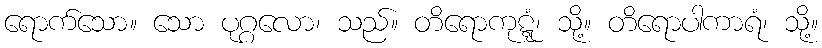
ရောက်သော။ သော ပုဂ္ဂလော၊ သည်။ တိရောကုဋ္ဋံ၊ သို့။ တိရောပါကာရံ၊ သို့။